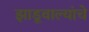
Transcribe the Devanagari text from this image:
झाडूवाल्यांचे